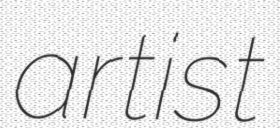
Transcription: artist